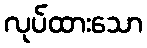
လုပ်ထားသော